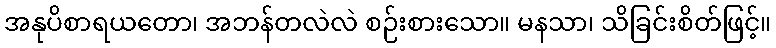
အနုပိစာရယတော၊ အဘန်တလဲလဲ စဉ်းစားသော။ မနသာ၊ သိခြင်းစိတ်ဖြင့်။